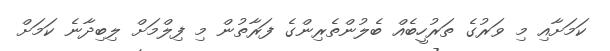
ކަމަށާއި މި ވަރުގެ ތަރުހީބެއް ބެލުންތެރިންގެ ފަރާތުން މި ފިލްމަށް ލިބިދާނެ ކަމަށް